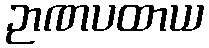
ဉာဏပထာယ